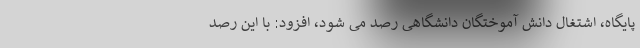
پایگاه، اشتغال دانش آموختگان دانشگاهی رصد می شود، افزود: با این رصد